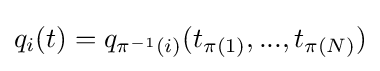
q_{i}(t)=q_{\pi ^{-1}(i)}(t_{\pi (1)},...,t_{\pi (N)})